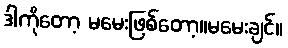
ဒါကိုတော့ မမေးဖြစ်တော့။မမေးချင်။